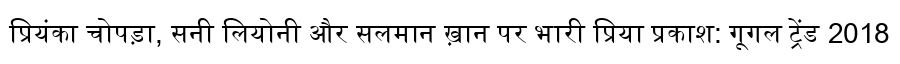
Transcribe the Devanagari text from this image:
प्रियंका चोपड़ा, सनी लियोनी और सलमान ख़ान पर भारी प्रिया प्रकाश: गूगल ट्रेंड 2018